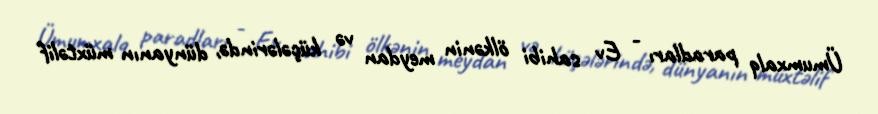
Ümumxalq paradları - Ev sahibi ölkənin meydan və küçələrində, dünyanın müxtəlif